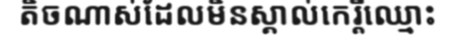
តិចណាស់ដែលមិនស្គាល់កេរ្តិ៍ឈ្មោះ